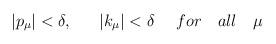
LaTeX: \begin{align*}|p_{\mu}|<\delta, \ \ \ \ \ |k_{\mu}|<\delta \ \ \ \ for\ \ \ all \ \ \ \mu\end{align*}